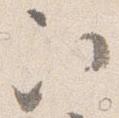
次